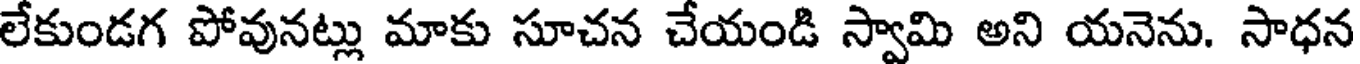
లేకుండగ పోవునట్లు మాకు సూచన చేయండి స్వామి అని యనెను. సాధన